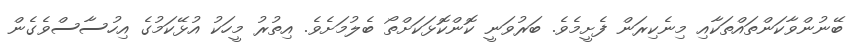
ބޭނުންވާކަންތައްތަކާއި މިނެކިރަން ފެށީމެވެ. ބަރުވަނީ ކޮންކޮޅަކަށްތޯ ބެލުމަށެވެ. އިތުރު މީހަކު އުޅޭކަމުގެ އިހުސާސްވެގެން